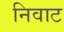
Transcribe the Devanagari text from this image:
निवाट